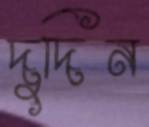
দুদিন